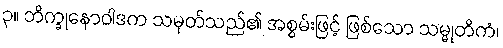
၃။ ဘိက္ခုနောဝါဒက သမုတ်သည်၏ အစွမ်းဖြင့် ဖြစ်သော သမ္မုတိကံ၊